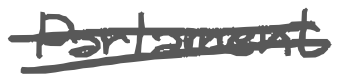
Text: Parliament
Cross-out: double-line
Writing tool: digital_gray